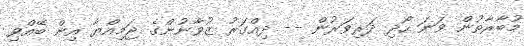
މުބާރާތުން ވަނަ ހޯދި ދަރިވަރުން -- ދިއްގަރު ޒުވާނުންގެ ޖަމިއްޔާ އިން ބޭއްވި